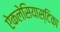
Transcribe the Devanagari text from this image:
ऐकलेसियास्टिका